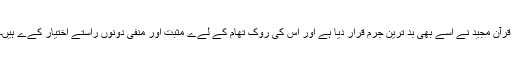
قرآن مجيد نے اسے بھى بد ترين جرم قرار ديا ہے اور اس کى روک تھام کے لےے مثبت اور منفى دونوں راستے اختيار کےے ہيں۔